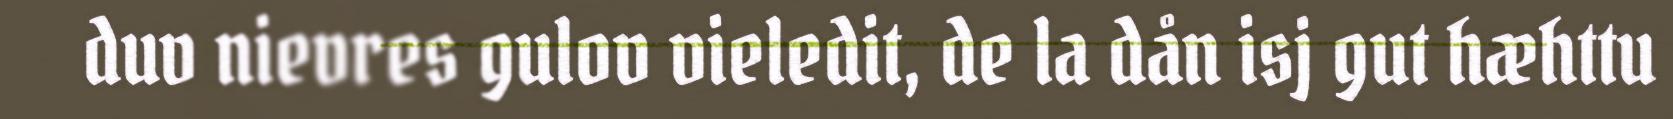
duv nievres gulov vieledit, de la dån isj gut hæhttu